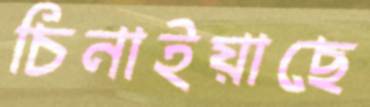
চিনাইয়াছে